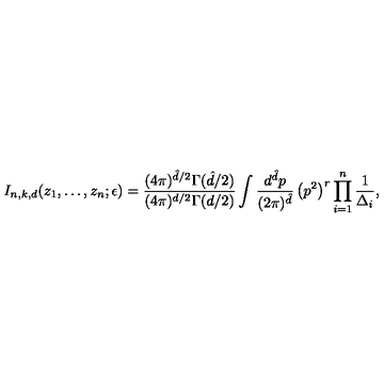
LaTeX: I _ { n , k , d } ( z _ { 1 } , \dots , z _ { n } ; \epsilon ) = \frac { ( 4 \pi ) ^ { \hat { d } / 2 } \Gamma ( \hat { d } / 2 ) } { ( 4 \pi ) ^ { d / 2 } \Gamma ( d / 2 ) } \int \frac { d ^ { \hat { d } } p } { ( 2 \pi ) ^ { \hat { d } } } \left( p ^ { 2 } \right) ^ { r } \prod _ { i = 1 } ^ { n } \frac { 1 } { \Delta _ { i } } ,